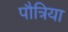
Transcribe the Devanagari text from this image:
पौत्रिया